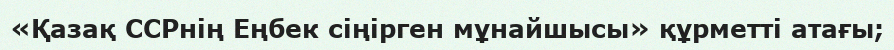
«Қазақ ССРнің Еңбек сіңірген мұнайшысы» құрметті атағы;